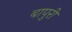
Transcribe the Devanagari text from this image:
बापुरी